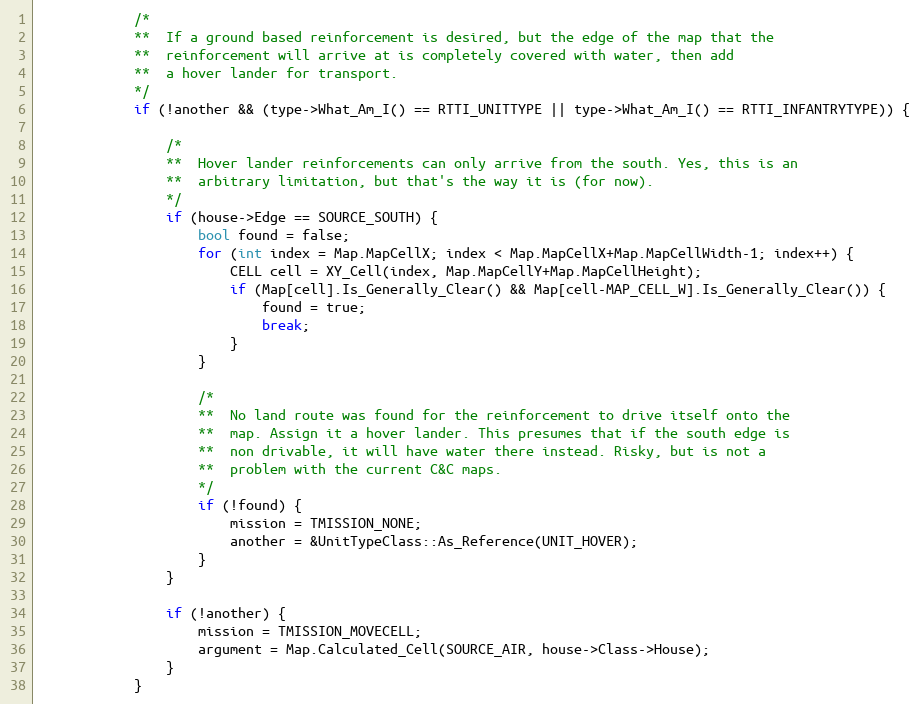
Language: C++
			/*
			**	If a ground based reinforcement is desired, but the edge of the map that the
			**	reinforcement will arrive at is completely covered with water, then add
			**	a hover lander for transport.
			*/
			if (!another && (type->What_Am_I() == RTTI_UNITTYPE || type->What_Am_I() == RTTI_INFANTRYTYPE)) {

				/*
				**	Hover lander reinforcements can only arrive from the south. Yes, this is an
				**	arbitrary limitation, but that's the way it is (for now).
				*/
				if (house->Edge == SOURCE_SOUTH) {
					bool found = false;
					for (int index = Map.MapCellX; index < Map.MapCellX+Map.MapCellWidth-1; index++) {
						CELL cell = XY_Cell(index, Map.MapCellY+Map.MapCellHeight);
						if (Map[cell].Is_Generally_Clear() && Map[cell-MAP_CELL_W].Is_Generally_Clear()) {
							found = true;
							break;
						}
					}

					/*
					**	No land route was found for the reinforcement to drive itself onto the
					**	map. Assign it a hover lander. This presumes that if the south edge is
					**	non drivable, it will have water there instead. Risky, but is not a
					**	problem with the current C&C maps.
					*/
					if (!found) {
						mission = TMISSION_NONE;
						another = &UnitTypeClass::As_Reference(UNIT_HOVER);
					}
				}

				if (!another) {
					mission = TMISSION_MOVECELL;
					argument = Map.Calculated_Cell(SOURCE_AIR, house->Class->House);
				}
			}